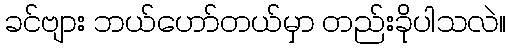
ခင်ဗျား ဘယ်ဟော်တယ်မှာ တည်းခိုပါသလဲ။